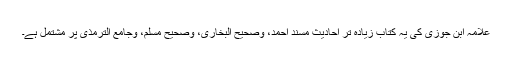
علامہ ابن جوزی کی یہ کتاب زیادہ تر احادیث مسند احمد، وصحیح البخاری، وصحیح مسلم، وجامع الترمذی پر مشتمل ہے۔